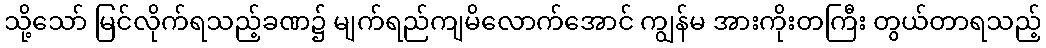
သို့သော် မြင်လိုက်ရသည့်ခဏ၌ မျက်ရည်ကျမိလောက်အောင် ကျွန်မ အားကိုးတကြီး တွယ်တာရသည့်